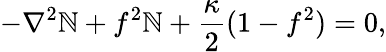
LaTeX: -\nabla^{2}\mathbb{N}+f^{2}\mathbb{N}+\frac{{\kappa}}{{2}}(1-f^{2})=0,